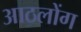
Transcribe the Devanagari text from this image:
आठलोंग